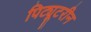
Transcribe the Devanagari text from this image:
पिट्यूटरीन